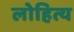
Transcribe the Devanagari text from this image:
लोहित्य